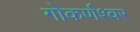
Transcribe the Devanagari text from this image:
गोकर्णश्वर